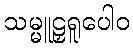
သမ္မူဠှရူပေါဝ